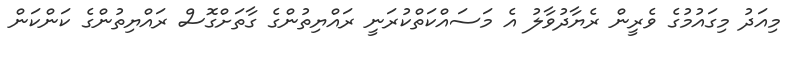
މިއަދު މިގައުމުގެ ވެރީން ރެޔާދުވާލު އެ މަސައްކަތްކުރަނީ ރައްޔިތުންގެ ގާތަށްގޮސް ރައްޔިތުންގެ ކަންކަން